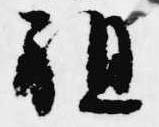
祖